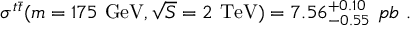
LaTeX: \sigma ^ { t \bar { t } } ( m = 1 7 5 \ \mathrm { G e V } , \sqrt { S } = 2 \ \mathrm { T e V } ) = 7 . 5 6 _ { - 0 . 5 5 } ^ { + 0 . 1 0 } \ p b \ .